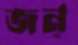
জন্